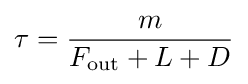
\tau ={\frac {m}{F_{\text{out}}+L+D}}